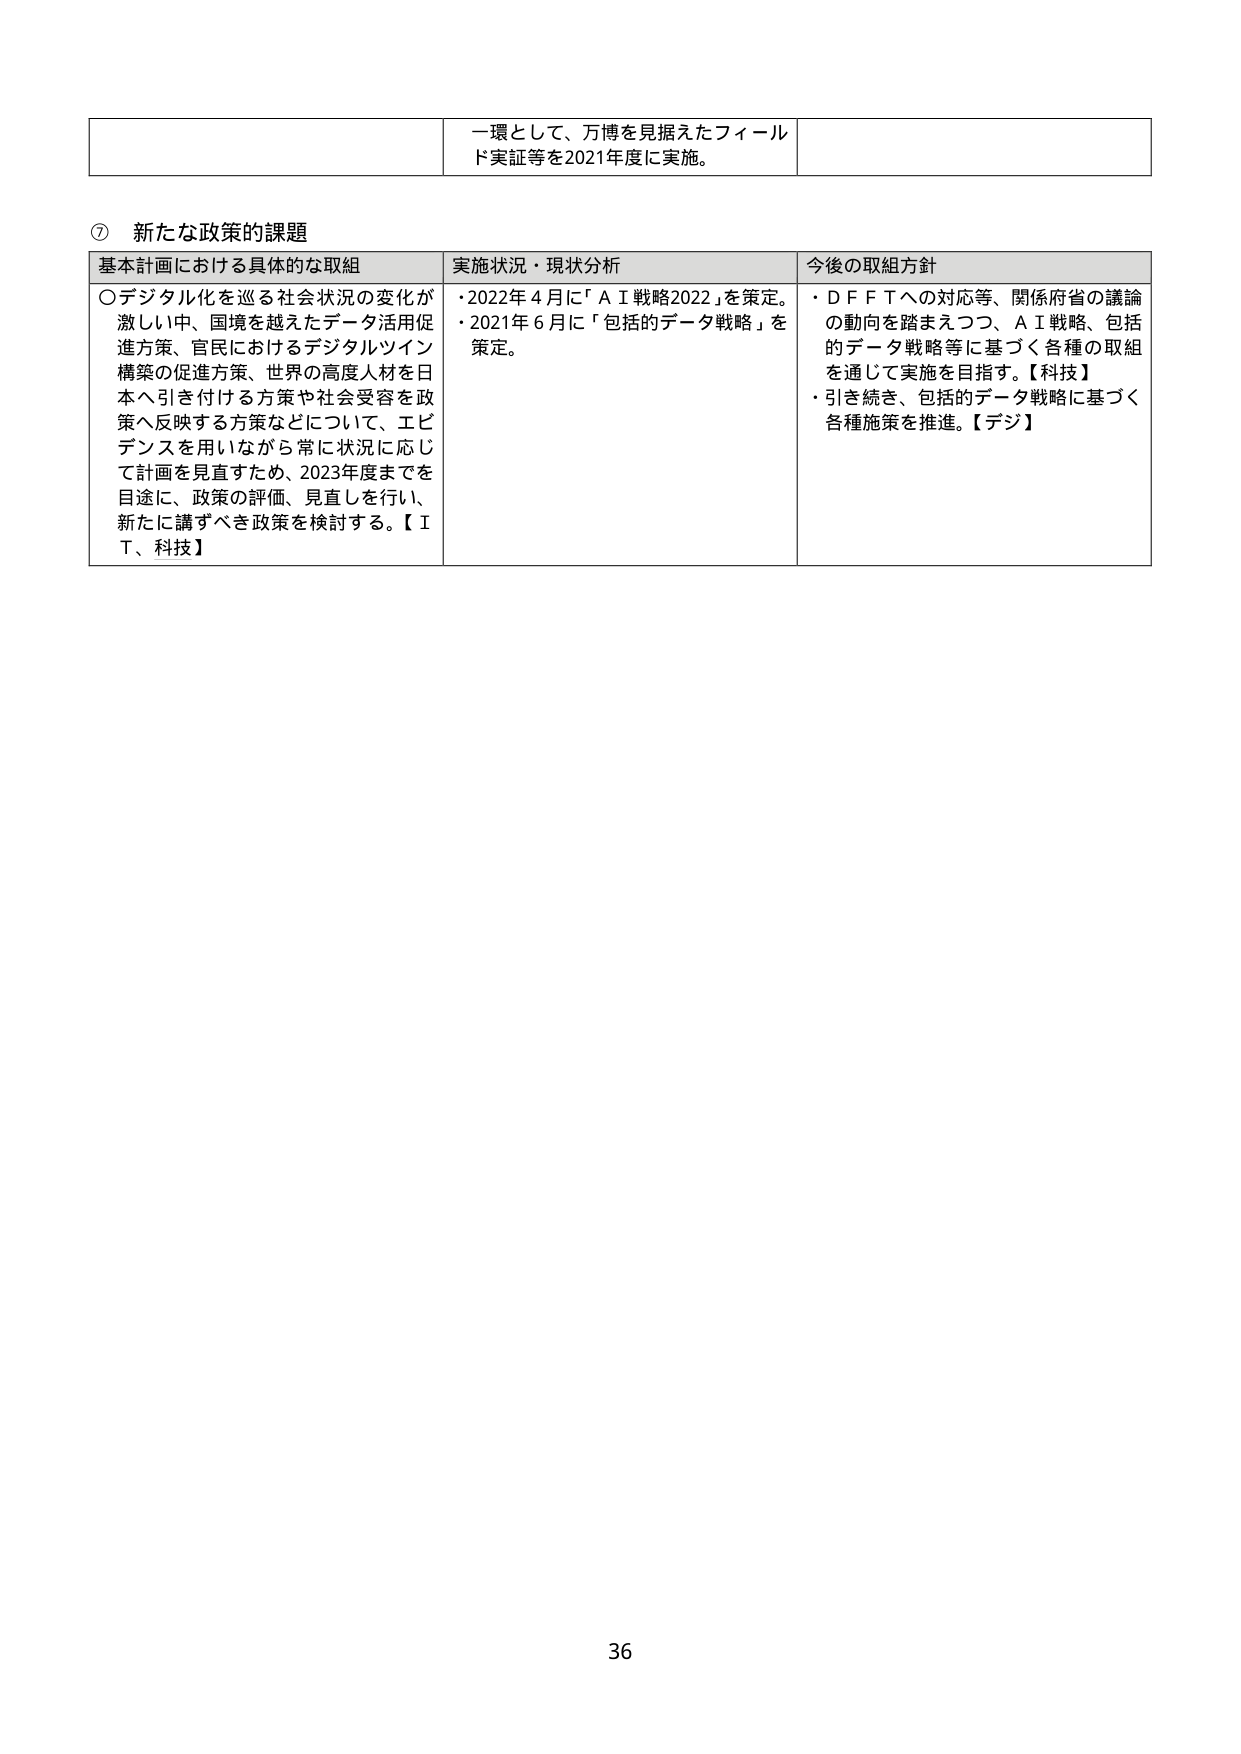
一環として、万博を見据えたフィールド実証等を2021年度に実施。

⑦ 新たな政策的課題
基本計画における具体的な取組 実施状況・現状分析 今後の取組方針
〇デジタル化を巡る社会状況の変化が激しい中、国境を越えたデータ活用促進方策、官民におけるデジタルツイン構築の促進方策、世界の高度人材を日本へ引き付ける方策や社会受容を政策へ反映する方策などについて、エビデンスを用いながら常に状況に応じて計画を見直すため、2023年度までを目途に、政策の評価、見直しを行い、新たに講ずべき政策を検討する。【IT、科技】
・2022年4月に「AI戦略2022」を策定。
・2021年6月に「包括的データ戦略」を策定。
・DFFTへの対応等、関係府省の議論の動向を踏まえつつ、AI戦略、包括的データ戦略等に基づく各種の取組を通じて実施を目指す。【科技】
・引き続き、包括的データ戦略に基づく各種施策を推進。【デジ】

36